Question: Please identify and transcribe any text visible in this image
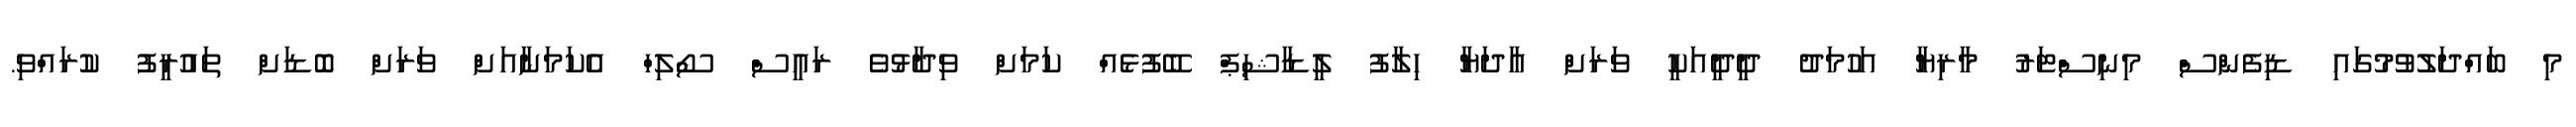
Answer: މި ބައްދަލުވުމުގައި ޑިފެންސް މިނިސްޓަރު މާރިޔާ އަހުމަދު ދީދީއަކީ ވަރަށް އާދަޔާ ހިލާފު ލީޑާޝިޕް ބޭފުޅެއް ކަމަށް ވިދާޅުވެ ރައީސް ސޯލިހް އެކަމަނާއަށް ވަރަށް ބޮޑަށް ތައުރީފު ކުރައްވި.